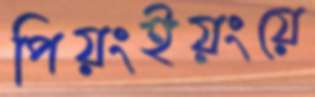
পিয়ংইয়ংয়ে